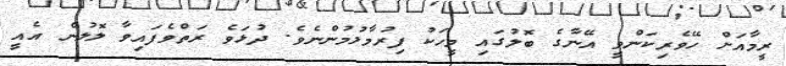
ރީމާއަށް ހޭވެރިކަންވީ އޭނާގެ ބޮލުގައި މީހަކު ފިރުމާލުމުންނެވެ. ދުޅަވެ ރަތްވެފައިވާ ލޮލުން އެއީ